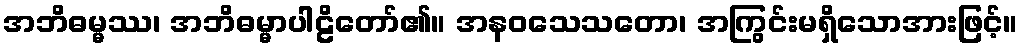
အဘိဓမ္မဿ၊ အဘိဓမ္မာပါဠိတော်၏။ အနဝသေသတော၊ အကြွင်းမရှိသောအားဖြင့်။